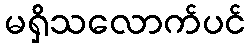
မရှိသလောက်ပင်